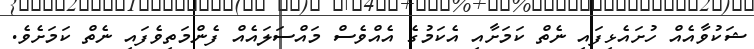
ޝަކުވާއެއް ހުށައެޅިފައި ނެތް ކަމަށާއި އެކަމުގެ އެއްވެސް މައްސަލައެއް ފެންމަތިވެފައި ނެތް ކަމަށެވެ.